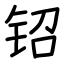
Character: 𬬿